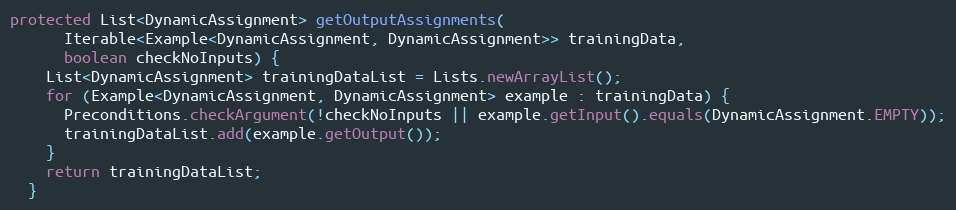
Language: Java
protected List<DynamicAssignment> getOutputAssignments(
      Iterable<Example<DynamicAssignment, DynamicAssignment>> trainingData,
      boolean checkNoInputs) {
    List<DynamicAssignment> trainingDataList = Lists.newArrayList();
    for (Example<DynamicAssignment, DynamicAssignment> example : trainingData) {
      Preconditions.checkArgument(!checkNoInputs || example.getInput().equals(DynamicAssignment.EMPTY));
      trainingDataList.add(example.getOutput());
    }
    return trainingDataList;
  }